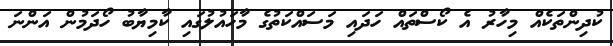
ކުދިންތަކެއް މިހާރު އެ ކޯސްތައް ހަދައި މަސައްކަތުގެ މާހައުލުގައި ކާމިޔާބު ހޯދަމުން އަންނަ